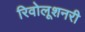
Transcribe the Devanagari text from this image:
रिवोलूशनरी